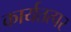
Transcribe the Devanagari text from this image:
कार्यतत्‍पर